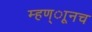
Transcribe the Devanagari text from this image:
म्हण्ाूनच